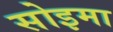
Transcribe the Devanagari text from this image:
सोइमा